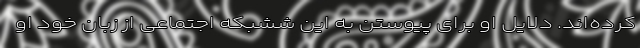
کرده‌اند. دلایل او برای پیوستن به این ششبکه اجتماعی از زبان خود او